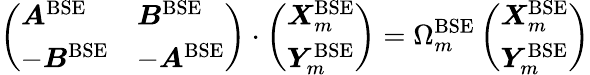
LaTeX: \left(\begin{array}{ll}{\boldsymbol{A}^{\mathrm{BSE}}}&{\boldsymbol{B}^{\mathrm{BSE}}}\\ {-\boldsymbol{B}^{\mathrm{BSE}}}&{-\boldsymbol{A}^{\mathrm{BSE}}}\end{array}\right)\cdot\left(\begin{array}{l}{\boldsymbol{X}_{m}^{\mathrm{BSE}}}\\ {\boldsymbol{Y}_{m}^{\mathrm{BSE}}}\end{array}\right)=\Omega_{m}^{\mathrm{BSE}}\left(\begin{array}{l}{\boldsymbol{X}_{m}^{\mathrm{BSE}}}\\ {\boldsymbol{Y}_{m}^{\mathrm{BSE}}}\end{array}\right)